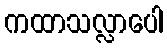
ကထာသလ္လာပေါ